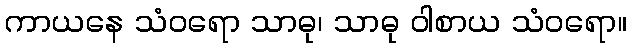
ကာယနေ သံဝရော သာဓု၊ သာဓု ဝါစာယ သံဝရော။